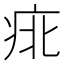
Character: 𱱍